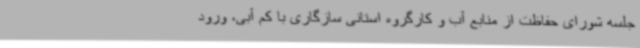
جلسه شورای حفاظت از منابع آب و کارگروه استانی سازگاری با کم آبی، ورود